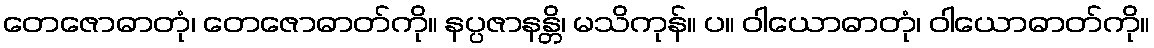
တေဇောဓာတုံ၊ တေဇောဓာတ်ကို။ နပ္ပဇာနန္တိ၊ မသိကုန်။ ပ။ ဝါယောဓာတုံ၊ ဝါယောဓာတ်ကို။